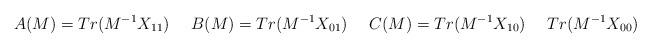
LaTeX: \begin{align*}A(M) = Tr(M^{-1}X_{11}) \ \ \ \ B(M) = Tr(M^{-1}X_{01}) \ \ \ \ C(M) = Tr(M^{-1}X_{10}) \ \ \ \ Tr(M^{-1}X_{00})\\\end{align*}